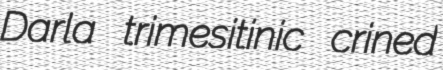
Darla trimesitinic crined